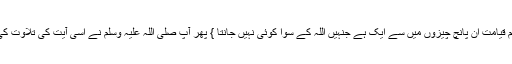
علم قیامت ان پانچ چیزوں میں سے ایک ہے جنہیں اللہ کے سوا کوئی نہیں جانتا } پھر آپ صلی اللہ علیہ وسلم نے اسی آیت کی تلاوت کی ۔